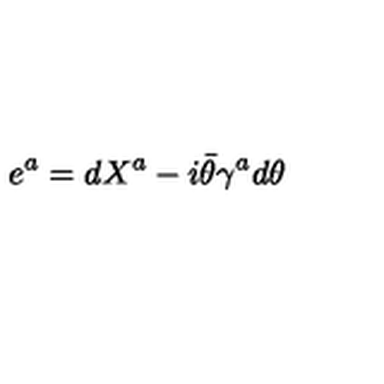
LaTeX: { e ^ { a } = d X ^ { a } - i \bar { \theta } \gamma ^ { a } d \theta }